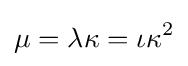
\mu =\lambda \kappa =\iota \kappa ^{2}